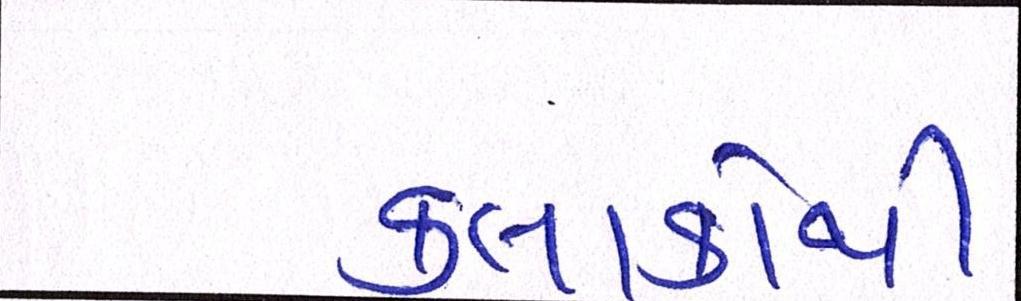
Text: કલાકોથી